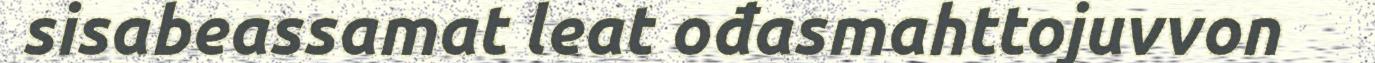
sisabeassamat leat ođasmahttojuvvon